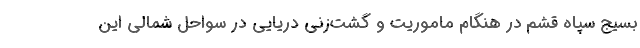
بسیج سپاه قشم در هنگام ماموریت و گشت‌زنی دریایی در سواحل شمالی این